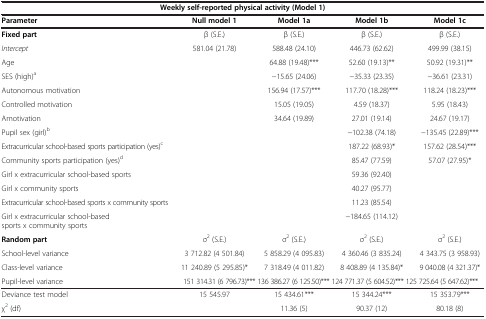
<table><thead><tr><td colspan="5"><b>Weekly self-reported physical activity (Model 1)</b></td></tr><tr><td><b>Parameter</b></td><td><b>Null model 1</b></td><td><b>Model 1a</b></td><td><b>Model 1b</b></td><td><b>Model 1c</b></td></tr></thead><tbody><tr><td><b>Fixed part</b></td><td>β (S.E.)</td><td>β (S.E.)</td><td>β (S.E.)</td><td>β (S.E.)</td></tr><tr><td><i>Intercept</i></td><td>581.04 (21.78)</td><td>588.48 (24.10)</td><td>446.73 (62.62)</td><td>499.99 (38.15)</td></tr><tr><td>Age</td><td> </td><td>64.88 (19.48)***</td><td>52.60 (19.13)**</td><td>50.92 (19.31)**</td></tr><tr><td>SES (high)<sup>a</sup></td><td> </td><td>−15.65 (24.06)</td><td>−35.33 (23.35)</td><td>−36.61 (23.31)</td></tr><tr><td>Autonomous motivation</td><td> </td><td>156.94 (17.57)***</td><td>117.70 (18.28)***</td><td>118.24 (18.23)***</td></tr><tr><td>Controlled motivation</td><td> </td><td>15.05 (19.05)</td><td>4.59 (18.37)</td><td>5.95 (18.43)</td></tr><tr><td>Amotivation</td><td> </td><td>34.64 (19.89)</td><td>27.01 (19.14)</td><td>24.67 (19.17)</td></tr><tr><td>Pupil sex (girl)<sup>b</sup></td><td> </td><td> </td><td>−102.38 (74.18)</td><td>−135.45 (22.89)***</td></tr><tr><td>Extracurricular school-based sports participation (yes)<sup>c</sup></td><td> </td><td> </td><td>187.22 (68.93)*</td><td>157.62 (28.54)***</td></tr><tr><td>Community sports participation (yes)<sup>d</sup></td><td> </td><td> </td><td>85.47 (77.59)</td><td>57.07 (27.95)*</td></tr><tr><td>Girl x extracurricular school-based sports</td><td> </td><td> </td><td>59.36 (92.40)</td><td> </td></tr><tr><td>Girl x community sports</td><td> </td><td> </td><td>40.27 (95.77)</td><td> </td></tr><tr><td>Extracurricular school-based sports x community sports</td><td> </td><td> </td><td>11.23 (85.54)</td><td> </td></tr><tr><td>Girl x extracurricular school-based sports x community sports</td><td> </td><td> </td><td>−184.65 (114.12)</td><td> </td></tr><tr><td><b>Random part</b></td><td>σ<sup>2</sup> (S.E.)</td><td>σ<sup>2</sup> (S.E.)</td><td>σ<sup>2</sup> (S.E.)</td><td>σ<sup>2</sup> (S.E.)</td></tr><tr><td>School-level variance</td><td>3 712.82 (4 501.84)</td><td>5 858.29 (4 095.83)</td><td>4 360.46 (3 835.24)</td><td>4 343.75 (3 958.93)</td></tr><tr><td>Class-level variance</td><td>11 240.89 (5 295.85)*</td><td>7 318.49 (4 011.82)</td><td>8 408.89 (4 135.84)*</td><td>9 040.08 (4 321.37)*</td></tr><tr><td>Pupil-level variance</td><td colspan="4">151 314.31 (6 796.73)*** 136 386.27 (6 125.50)*** 124 771.37 (5 604.52)*** 125 725.64 (5 647.62)***</td></tr><tr><td>Deviance test model</td><td>15 545.97</td><td>15 434.61***</td><td>15 344.24***</td><td>15 353.79***</td></tr><tr><td>χ<sup>2</sup> (df)</td><td> </td><td>11.36 (5)</td><td>90.37 (12)</td><td>80.18 (8)</td></tr></tbody></table>